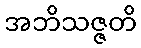
အဘိသဇ္ဇတိ